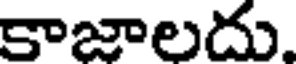
కాజాలదు.